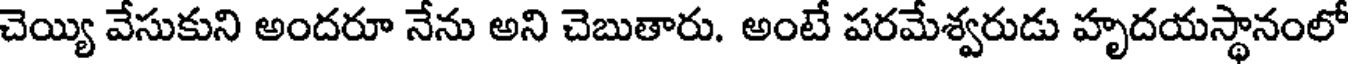
చెయ్యి వేసుకుని అందరూ నేను అని చెబుతారు. అంటే పరమేశ్వరుడు హృదయస్థానంలో